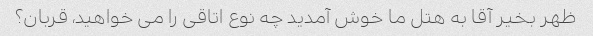
ظهر بخیر آقا به هتل ما خوش آمدید چه نوع اتاقی را می خواهید، قربان؟